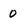
Character: 0